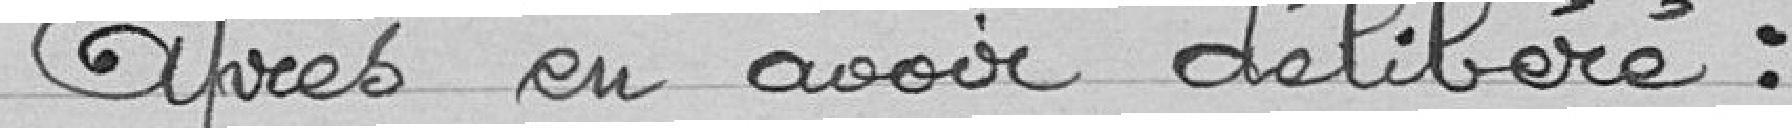
Après en avoir délibéré :